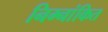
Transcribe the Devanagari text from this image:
निम्नांकित